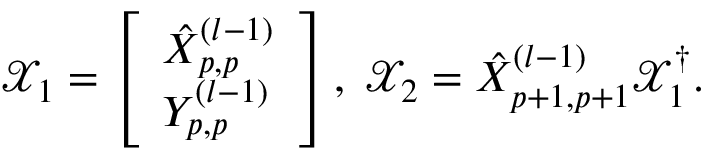
\begin{array} { r } { \mathcal { X } _ { 1 } = \left[ \begin{array} { l } { \hat { X } _ { p , p } ^ { ( l - 1 ) } } \\ { Y _ { p , p } ^ { ( l - 1 ) } } \end{array} \right] , \; \mathcal { X } _ { 2 } = \hat { X } _ { p + 1 , p + 1 } ^ { ( l - 1 ) } \mathcal { X } _ { 1 } ^ { \dagger } . } \end{array}